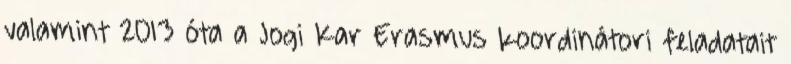
valamint 2013 óta a Jogi Kar Erasmus koordinátori feladatait